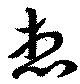
想